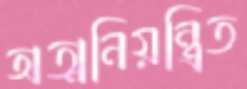
অত্মনিয়ন্ত্রিত